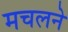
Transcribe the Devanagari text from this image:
मचलने